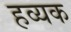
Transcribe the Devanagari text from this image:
हव्यक